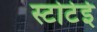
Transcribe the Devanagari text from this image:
स्टोटेई